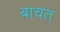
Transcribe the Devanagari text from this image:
बाचत